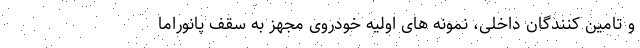
و تامین کنندگان داخلی، نمونه های اولیه خودروی مجهز به سقف پانوراما